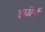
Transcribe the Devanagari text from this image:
इवोर्न